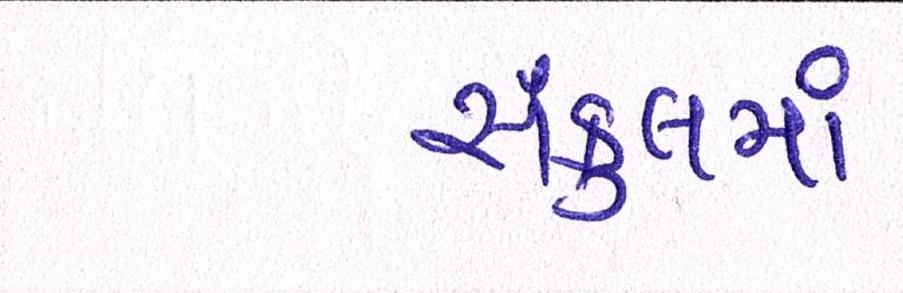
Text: સંકુલમાં